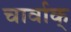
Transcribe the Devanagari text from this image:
चार्वाक्